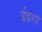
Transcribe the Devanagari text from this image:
ईइशा